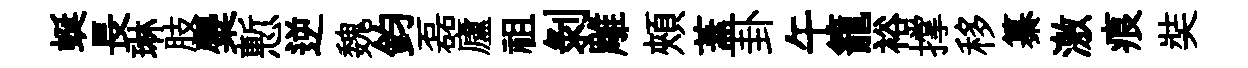
蜒長琳肢麋慙逆魏鈞磊廬祖剥雕頰蓋卦午籠裕撑移纂激痕奘